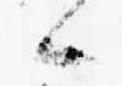
候